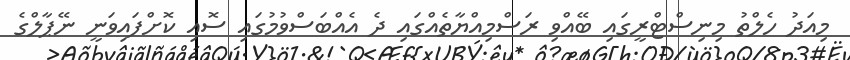
މިއަދު ހެލްތު މިނިސްޓްރީގައި ބޭއްވި ރަސްމިއްޔާތެއްގައި ދެ އެއްބަސްވުމުގައި ސޮއި ކޮށްފައިވަނީ ނޭޕާލްގެ